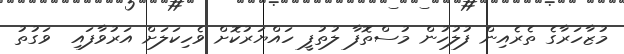
މުޒާހަރާގެ ތެރެއިން ފުލުހުން މުސްތޮފާ ލުތުފީ ހައްޔަރުކޮށް ވެހިކަލަށް އަރުވާފައި  ވަގުތު